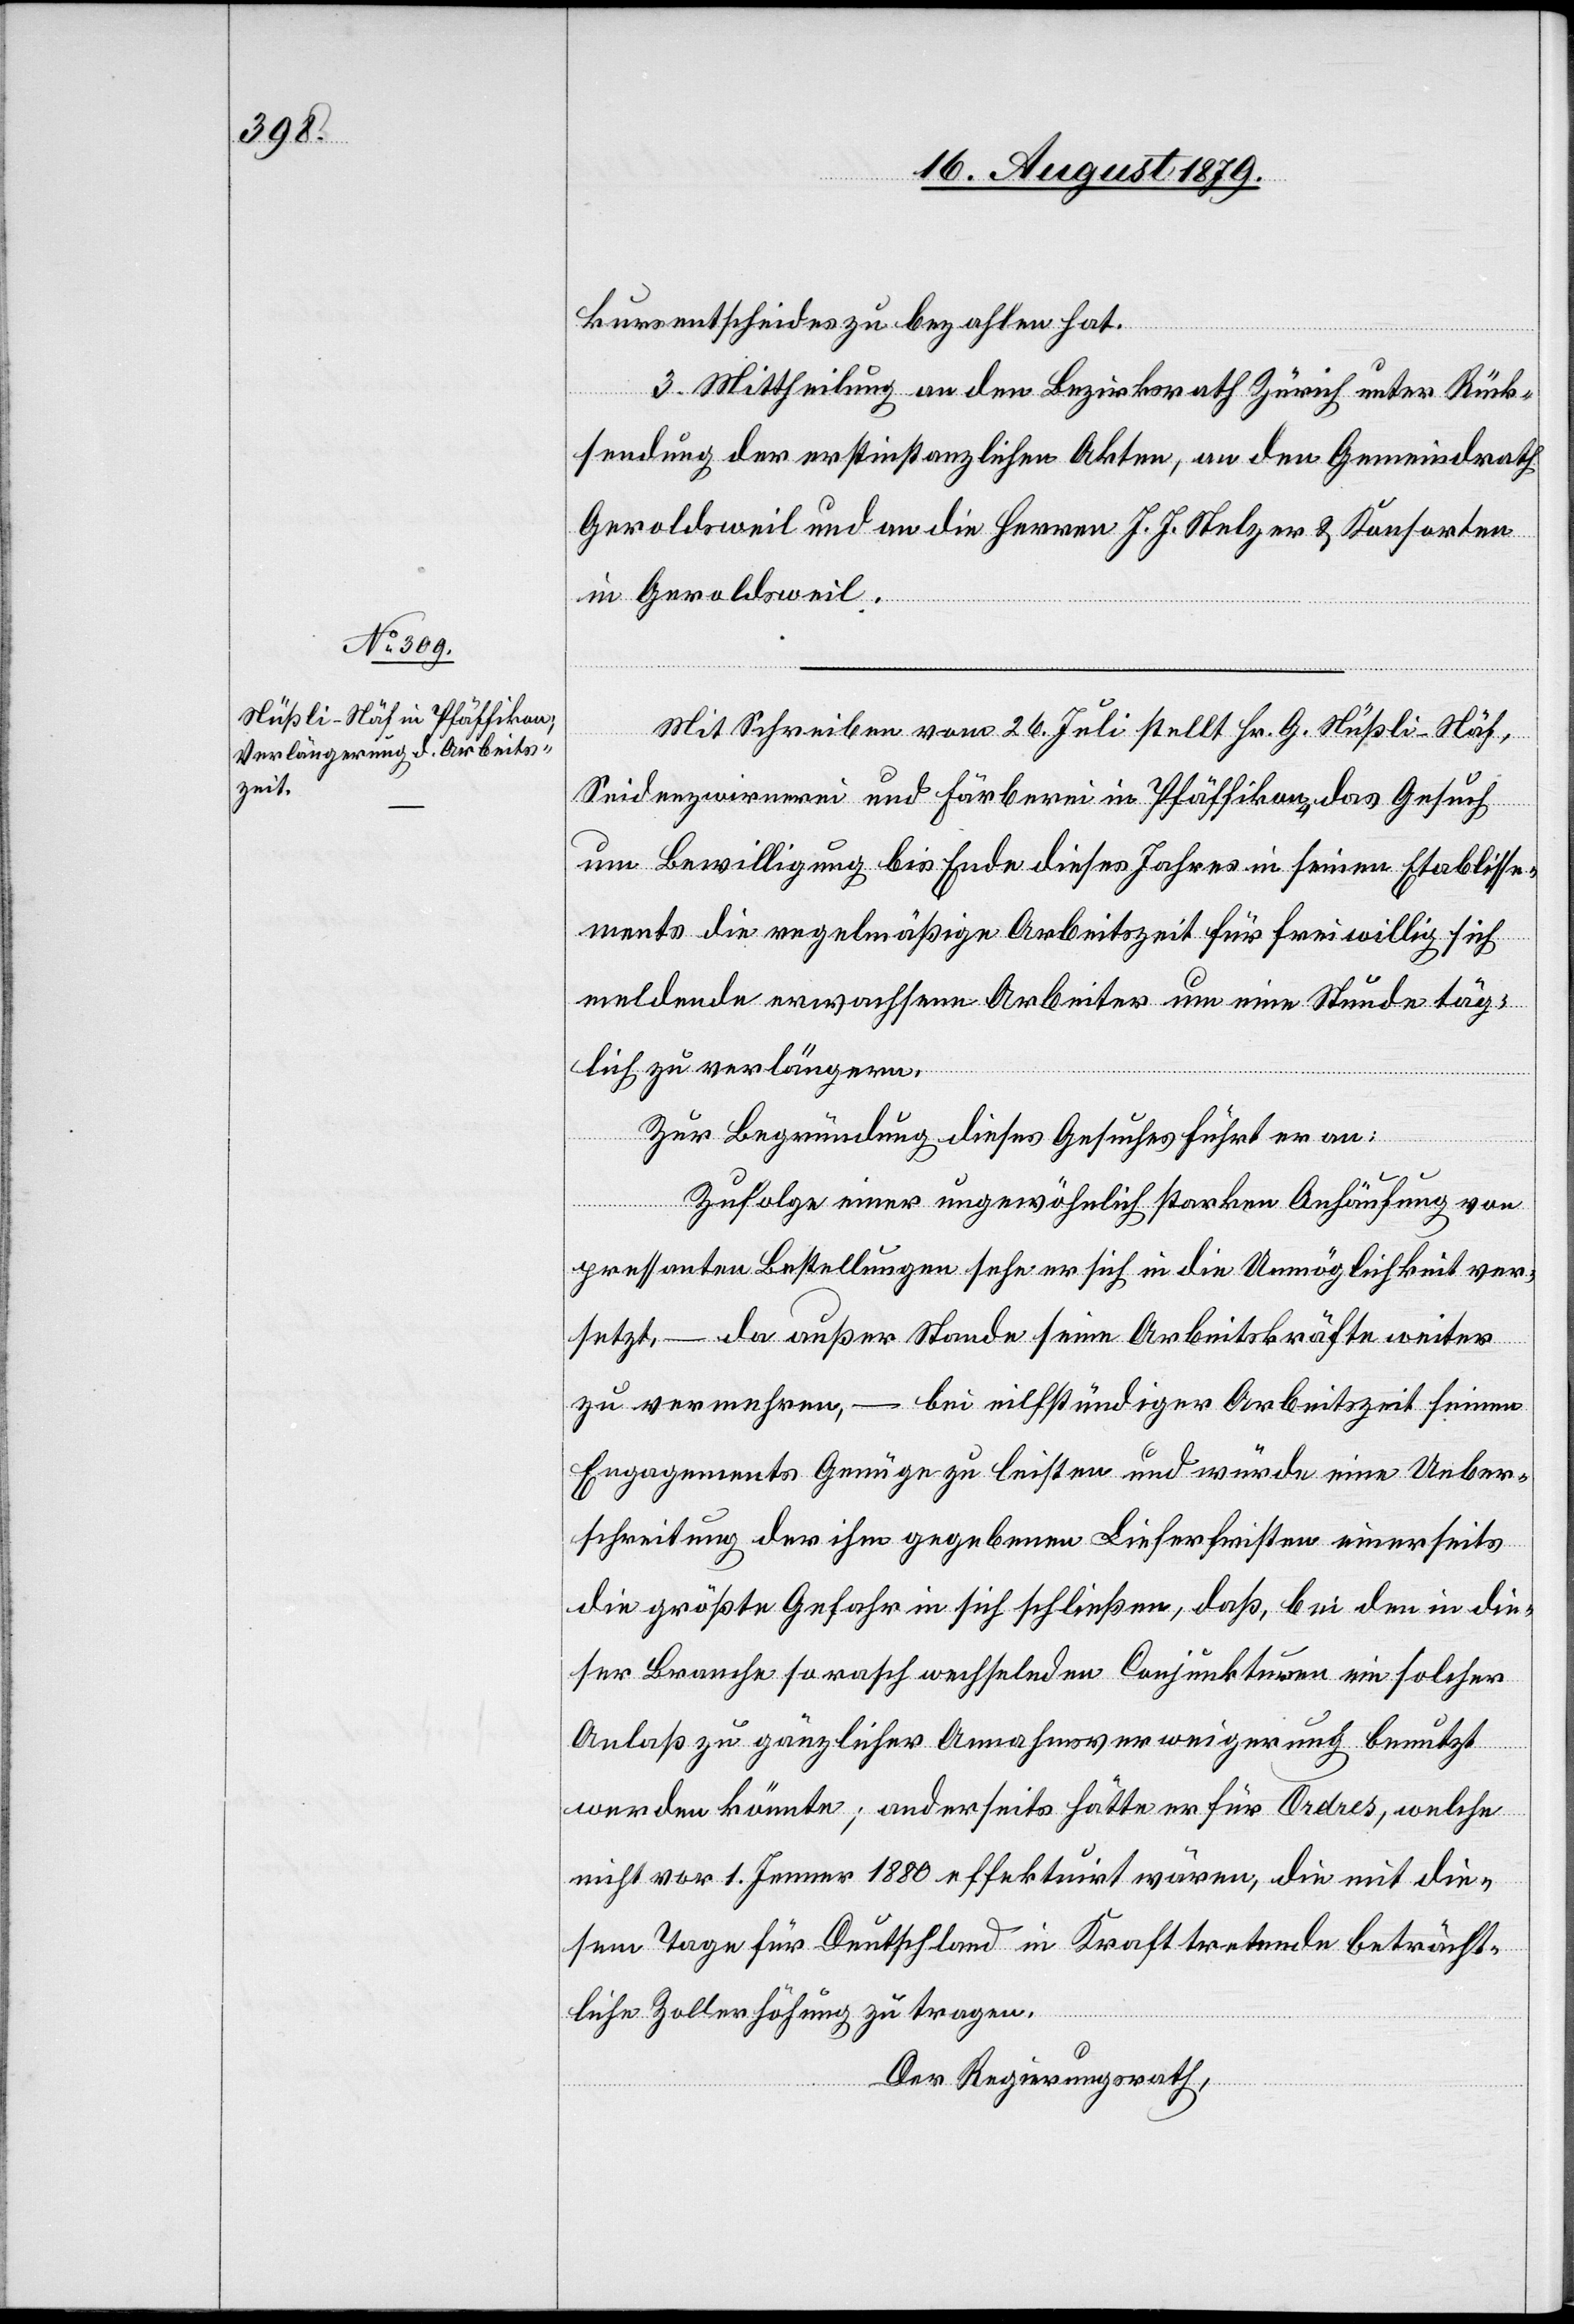
kursentscheides zu bezahlen hat.
3. Mittheilung an den Bezirksrath Zürich unter Rück¬
sendung der erstinstanzlichen Akten, an den Gemeindrath
Geroldsweil und an die Herren J. J. Stelzer & Konsorten
in Geroldsweil.
Mit Schreiben vom 26. Juli stellt Hr. G. Nüßli-Näf,
Seidenzwirnerei und Färberei in Pfäffikon das Gesuch
um Bewilligung bis Ende dieses Jahres in seinen Etablisse¬
ments die regelmäßige Arbeitszeit für freiwillig sich
meldende erwachsene Arbeiter um eine Stunde täg¬
lich zu verlängern.
Zur Begründung dieses Gesuches führt er an:
Zufolge einer ungewöhnlich starken Anhäufung von
pressanten Bestellungen sehe er sich in die Unmöglichkeit ver¬
setzt, – da außer Stande seine Arbeitskräfte weiter
zu vermehren, – bei elfstündiger Arbeitszeit seinen
Engagements Genüge zu leisten und würde eine Ueber¬
schreitung der ihm gegebenen Lieferfristen einerseits
die größte Gefahr in sich schließen, daß, bei den in die¬
ser Branche so rasch wechselnden Conjunkturen ein solcher
Anlaß zu gänzlicher Annahmsverweigerung benutzt
werden könnte; anderseits hätte er für Ordres, welche
nicht vor 1. Jenner 1880 effektuirt wären, die mit die¬
sem Tage für Deutschland in Kraft tretende beträcht¬
liche Zahlerhöhung zu tragen.
Der Regierungsrath,